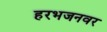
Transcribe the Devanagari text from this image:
हरभजनवर